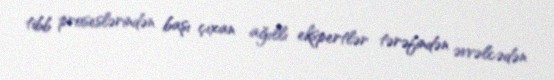
tibb proseslərindən başı çıxan ağıllı ekspertlər tərəfindən əvvəlcədən